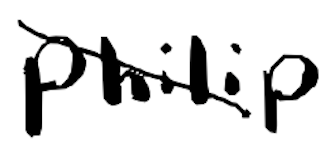
Text: Philip
Cross-out: mix
Writing tool: digital_black